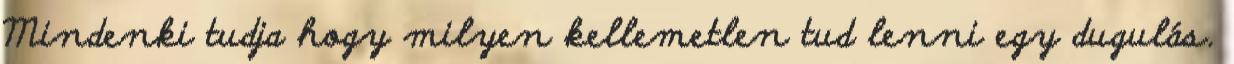
Mindenki tudja hogy milyen kellemetlen tud lenni egy dugulás.